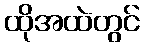
ထိုအထဲတွင်